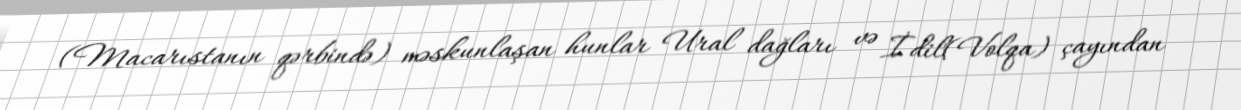
(Macarıstanın qərbində) məskunlaşan hunlar Ural dağları və İdil(Volqa) çayından